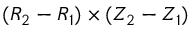
( R _ { 2 } - R _ { 1 } ) \times ( Z _ { 2 } - Z _ { 1 } )